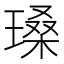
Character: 𪼏